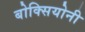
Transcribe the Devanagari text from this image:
बोक्सियोनी